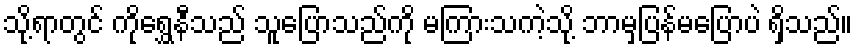
သို့ရာတွင် ကိုရွှေနီသည် သူပြောသည်ကို မကြားသကဲ့သို့ ဘာမှပြန်မပြောပဲ ရှိသည်။